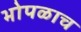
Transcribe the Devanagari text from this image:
भोपळाच